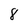
Character: 8